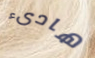
هادىء